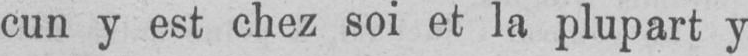
cun y est chez soi et la plupart y